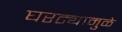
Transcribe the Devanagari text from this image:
घरट्यामुळे